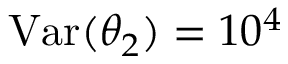
\mathrm { V a r } ( \theta _ { 2 } ) = 1 0 ^ { 4 }